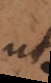
ut